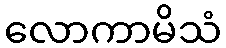
လောကာမိသံ